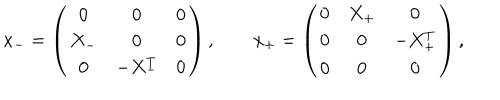
x _ { - } = \left( \begin{array} { c c c } { { 0 } } & { { 0 } } & { { 0 } } \\ { { X _ { - } } } & { { 0 } } & { { 0 } } \\ { { 0 } } & { { - X _ { - } ^ { T } } } & { { 0 } } \\ \end{array} \right) , \qquad x _ { + } = \left( \begin{array} { c c c } { { 0 } } & { { X _ { + } } } & { { 0 } } \\ { { 0 } } & { { 0 } } & { { - X _ { + } ^ { T } } } \\ { { 0 } } & { { 0 } } & { { 0 } } \\ \end{array} \right) ,